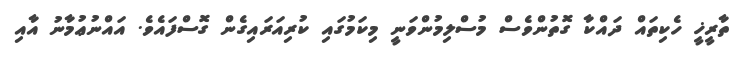
ތާރީޚީ ހެކިތައް ދައްކާ ގޮތުންވެސް މުސްލިމުންވަނީ މިކަމުގައި ކުރިއަރައިގެން ގޮސްފައެވެ. އައްނުޢުމާނު އާއި